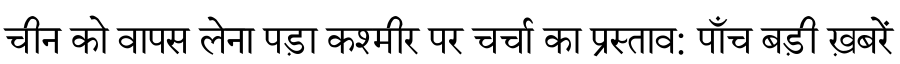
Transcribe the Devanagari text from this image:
चीन को वापस लेना पड़ा कश्मीर पर चर्चा का प्रस्ताव: पाँच बड़ी ख़बरें